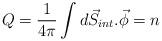
LaTeX: \begin{align*}Q=\frac{1}{4\pi} \int d\vec{S}_{int}.\vec{\phi} =n\end{align*}